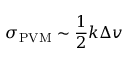
\sigma _ { \mathrm { P V M } } \sim \frac { 1 } { 2 } k \Delta v